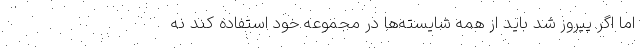
اما اگر پیروز شد باید از همه شایسته‌ها در مجموعه خود استفاده کند نه